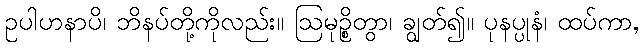
ဥပါဟနာပိ၊ ဘိနပ်တို့ကိုလည်း။ ဩမုဉ္စိတွာ၊ ချွတ်၍။ ပုနပ္ပုနံ၊ ထပ်ကာ,